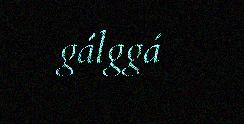
gálggá